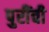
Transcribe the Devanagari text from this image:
पुरींची